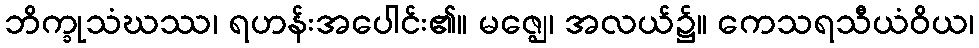
ဘိက္ခုသံဃဿ၊ ရဟန်းအပေါင်း၏။ မဇ္ဈေ၊ အလယ်၌။ ကေသရသီယံဝိယ၊